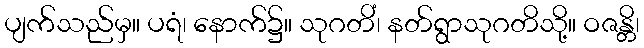
ပျက်သည်မှ။ ပရံ၊ နောက်၌။ သုဂတိံ၊ နတ်ရွာသုဂတိသို့။ ဝဇန္တိ၊